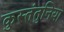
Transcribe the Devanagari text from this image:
कुस्तंतुनिया